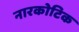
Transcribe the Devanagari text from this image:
नारकोटिक